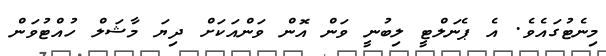
މިނެޓުގައެވެ. އެ ޕެނަލްޓީ ލިބުނީ ވަން އޮން ވަންއަކަށް ދިޔަ މާޝަލް ހުއްޓުވަން